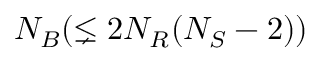
N _ { B } ( \lneq 2 N _ { R } ( N _ { S } - 2 ) )